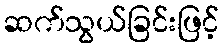
ဆက်သွယ်ခြင်းဖြင့်